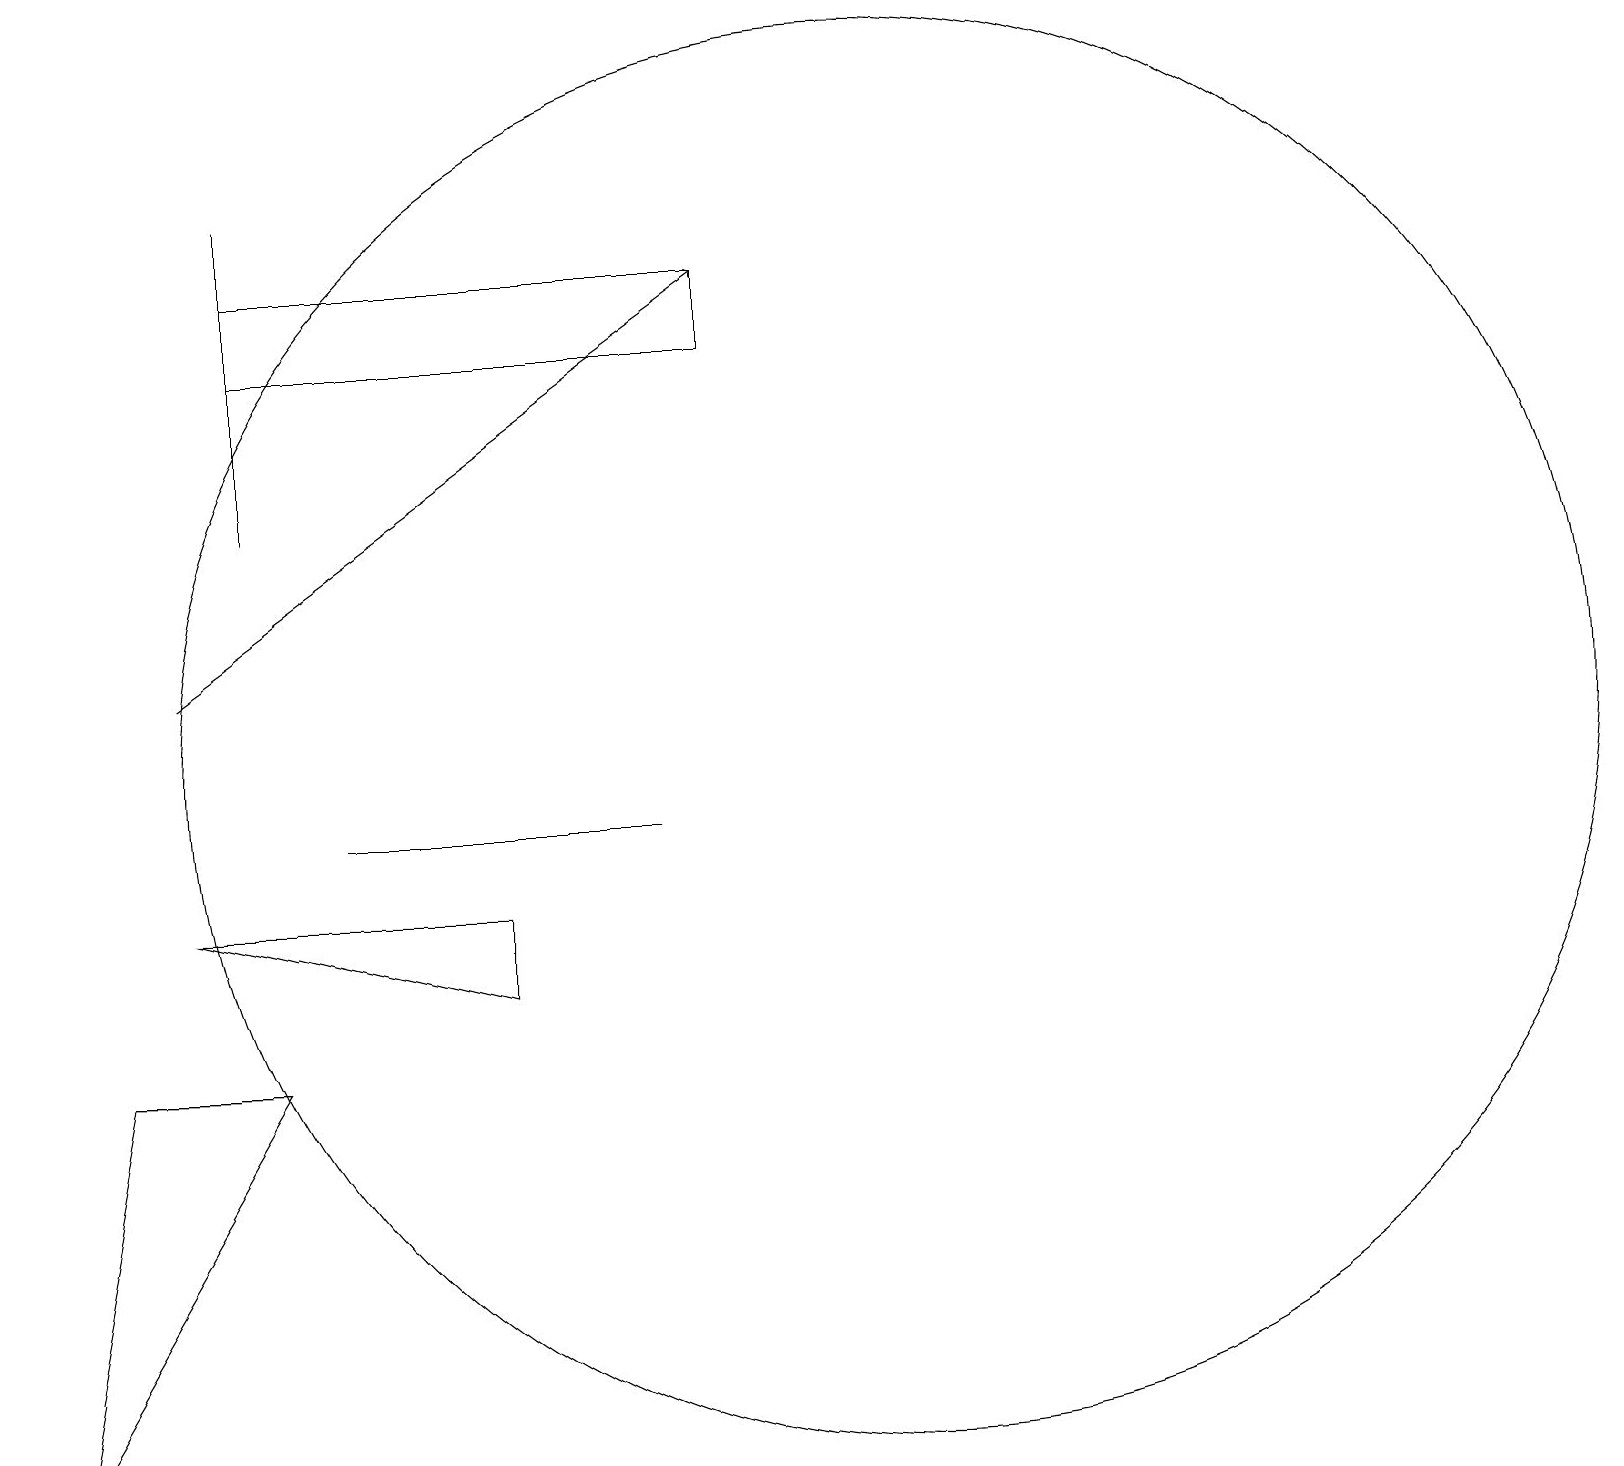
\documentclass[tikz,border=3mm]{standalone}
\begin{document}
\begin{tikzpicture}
\draw (3,18) rectangle (3,14);
\draw (0,2) -- (3,7) -- (1,7) -- cycle;
\draw (8,10) rectangle (4,10);
\draw (11,11) circle (9);
\draw (11,10) circle (0);
\draw (3,17) rectangle (9,16);
\draw (2,9) -- (6,8) -- (6,9) -- cycle;
\draw[->] (2,12) -- (9,17);
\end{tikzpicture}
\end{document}